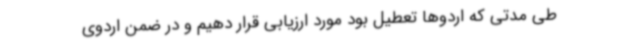
طی مدتی که اردوها تعطیل بود مورد ارزیابی قرار دهیم و در ضمن اردوی